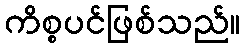
ကိစ္စပင်ဖြစ်သည်။